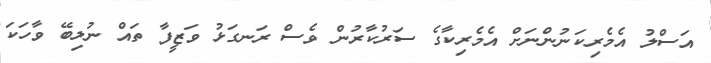
އަސްލު އެމެރިކަނުންނަށް އެމެރިކާގެ ސަރުކާރުން ވެސް ރަނގަޅު ވަޒީފާ ތައް ނުލިބޭ ވާހަކަ